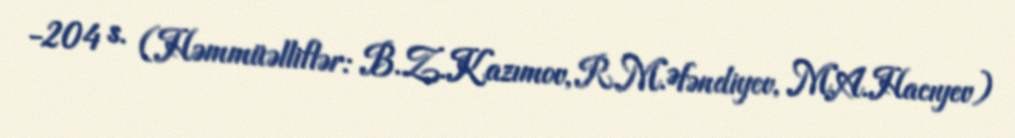
-204 s. (Həmmüəlliflər: B.Z.Kazımov, R.M.Əfəndiyev, M.A.Hacıyev)